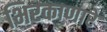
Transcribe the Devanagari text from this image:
भिरकाणारे